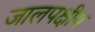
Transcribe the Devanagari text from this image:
जालपक्षीय